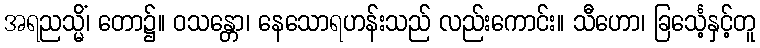
အရညသ္မိံ၊ တော၌။ ဝသန္တော၊ နေသောရဟန်းသည် လည်းကောင်း။ သီဟော၊ ခြင်္သေ့နှင့်တူ